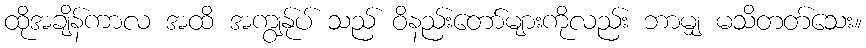
ထိုအချိန်ကာလ အထိ အကျွန်ုပ် သည် ဝိနည်းတော်များကိုလည်း ဘာမျှ မသိတတ်သေး။